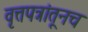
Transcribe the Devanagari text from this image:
वृत्तपत्रांतूनच